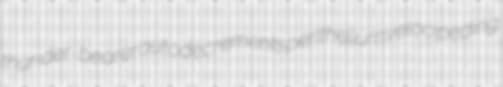
thunder-bearer autodecrements perithelium velocipeding